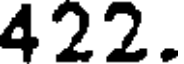
422.